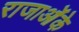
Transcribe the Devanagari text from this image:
राजाओंके